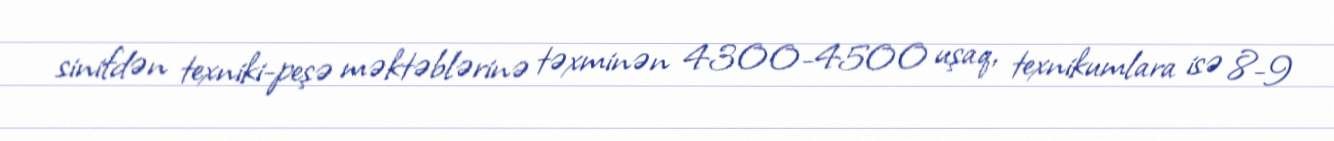
sinifdən texniki-peşə məktəblərinə təxminən 4300-4500 uşaq, texnikumlara isə 8-9